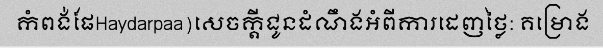
កំពង់ផែHaydarpaa)សេចក្តីជូនដំណឹងអំពីការដេញថ្លៃ: គម្រោង